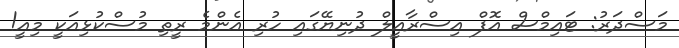
މަސްދަރު: ޓައިމްސް އޮފް އިސްރާއީލް ދުނިޔޭގައި ހުރި އެންމެ ރީތި މުސްކުޅިއަކީ މިއީ!